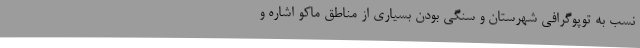
نسب به توپوگرافی شهرستان و سنگی بودن بسیاری از مناطق ماکو اشاره و